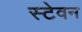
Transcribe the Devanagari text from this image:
स्टेवन